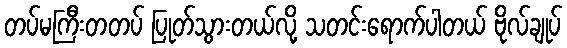
တပ်မကြီးတတပ် ပြုတ်သွားတယ်လို့ သတင်းရောက်ပါတယ် ဗိုလ်ချုပ်